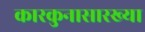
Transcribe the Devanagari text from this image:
कारकुनासारख्या